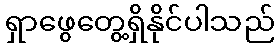
ရှာဖွေတွေ့ရှိနိုင်ပါသည်